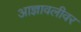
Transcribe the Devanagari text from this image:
आज्ञावलीवर